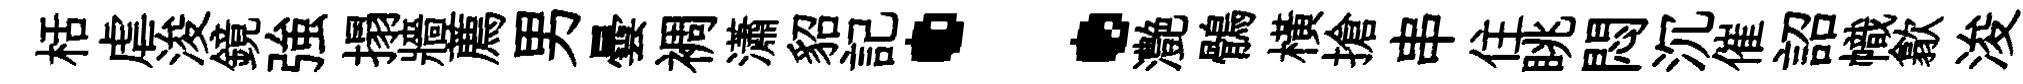
栝虐浚鏡強搨牆薦男曇裯瀟貂記：灔鶻横搶串住眺悶沉催詔幟歙浚